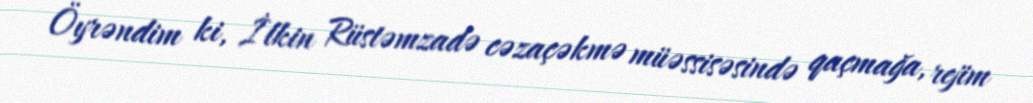
Öyrəndim ki, İlkin Rüstəmzadə cəzaçəkmə müəssisəsində qaçmağa, rejim